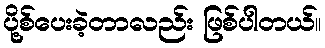
ပို့စ်ပေးခဲ့တာလည်း ဖြစ်ပါတယ်။